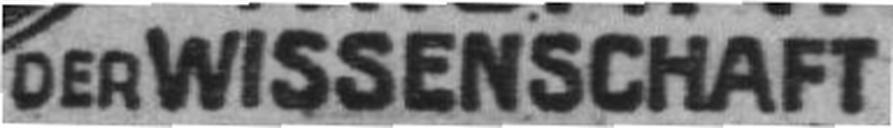
DER WISSENSCHAFT